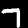
Digit: 7